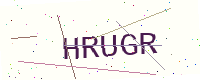
Text: HRUGR